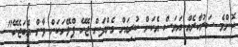
ކޮންމެ ސަރުކާރެއް އަޔަސް އެކަން ކުރިއަށް ގެންދަން ޖެހޭ ޕްލޭނަކަށް ވާން އެބަޖެހޭ"